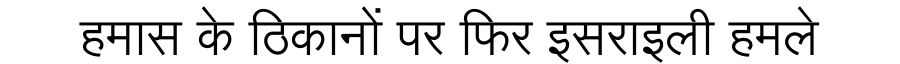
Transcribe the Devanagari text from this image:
हमास के ठिकानों पर फिर इसराइली हमले